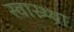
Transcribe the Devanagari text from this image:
स्वास्थ्था